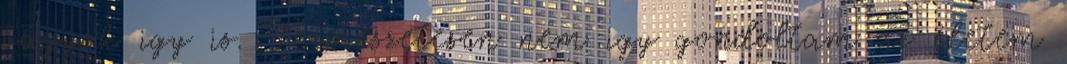
vagyok igy is. Termėszetesen nem igy gondoltam az ėletem